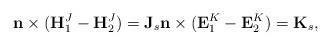
LaTeX: \begin{align*} \mathbf{n}\times (\mathbf{H}^J_1-\mathbf{H}^J_2) = \mathbf{J}_s \mathbf{n}\times (\mathbf{E}^K_1-\mathbf{E}^K_2) = \mathbf{K}_s,\end{align*}